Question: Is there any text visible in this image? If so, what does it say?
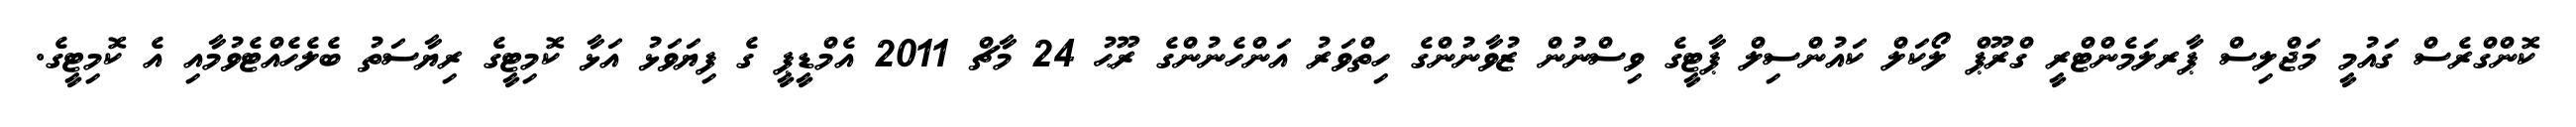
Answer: ކޮންގްރެސް ގައުމީ މަޖްލިސް ޕާރލަމެންޓްރީ ގްރޫޕް ލޯކަލް ކައުންސިލް ޕާޓީގެ ވިސްނުން ޒުވާނުންގެ ހިތްވަރު އަންހެނުންގެ ރޫޙު 24 މާޗް 2011 އެމްޑީޕީ ގެ ފިޔަވަޅު އަޅާ ކޮމިޓީގެ ރިޔާސަތު ބެލެހެއްޓެވުމާއި އެ ކޮމިޓީގެ.